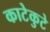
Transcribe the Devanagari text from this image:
काटेकुटे